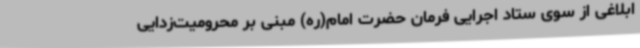
ابلاغی از سوی ستاد اجرایی فرمان حضرت امام(ره) مبنی بر محرومیت‌زدایی